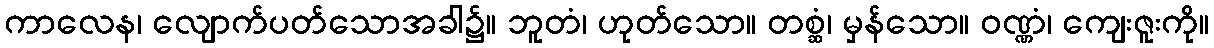
ကာလေန၊ လျောက်ပတ်သောအခါ၌။ ဘူတံ၊ ဟုတ်သော။ တစ္ဆံ၊ မှန်သော။ ဝဏ္ဏံ၊ ကျေးဇူးကို။